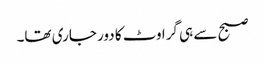
صبح سے ہی گراوٹ کا دور جاری تھا۔